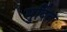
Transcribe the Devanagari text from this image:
मुर्दित